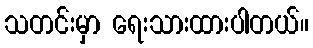
သတင်းမှာ ရေးသားထားပါတယ်။